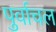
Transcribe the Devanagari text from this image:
पुर्वाचल